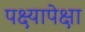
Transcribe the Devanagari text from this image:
पक्ष्यापेक्षा